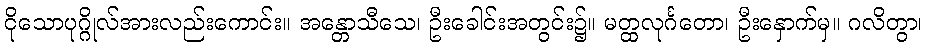
ငိုသောပုဂ္ဂိုလ်အားလည်းကောင်း။ အန္တောသီသေ၊ ဦးခေါင်းအတွင်း၌။ မတ္ထလုင်္ဂတော၊ ဦးနှောက်မှ။ ဂလိတွာ၊